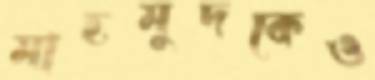
মাহমুদকেও